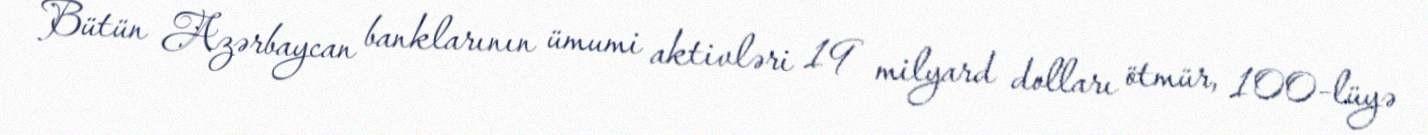
Bütün Azərbaycan banklarının ümumi aktivləri 19 milyard dolları ötmür, 100-lüyə